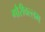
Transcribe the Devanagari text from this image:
गौरीवल्लभ